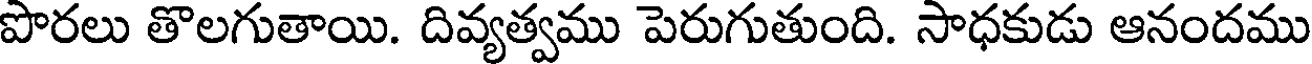
పొరలు తొలగుతాయి. దివ్యత్వము పెరుగుతుంది. సాధకుడు ఆనందము